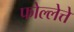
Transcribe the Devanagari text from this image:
फोल्लेत्ते